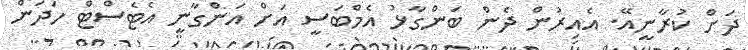
ދަށް ކުރާނީއޭ. އެއިރުން ދެން ބަންގާޅު އެމްބަސީ އަށް އަންގާނީ އެޓެސްޓް ހަދަން